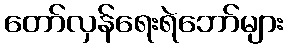
တော်လှန်ရေးရဲဘော်များ